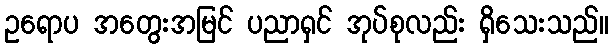
ဥရောပ အတွေးအမြင် ပညာရှင် အုပ်စုလည်း ရှိသေးသည်။